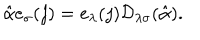
\hat { \alpha } e _ { \sigma } ( j ) = e _ { \lambda } ( j ) { \cal D } _ { \lambda \sigma } ( \hat { \alpha } ) .